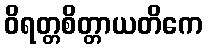
ဝိရတ္တစိတ္တာယတိကေ